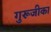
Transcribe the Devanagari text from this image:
गुरूजीका